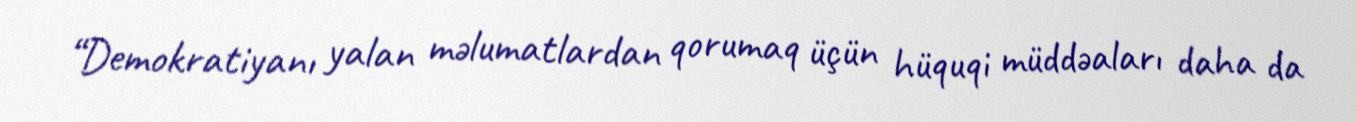
“Demokratiyanı yalan məlumatlardan qorumaq üçün hüquqi müddəaları daha da